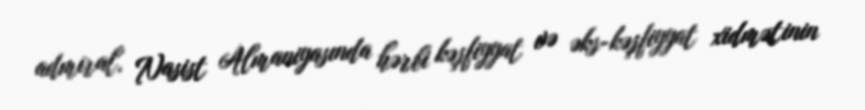
admiral, Nasist Almaniyasında hərbi kəşfiyyat və əks-kəşfiyyat xidmətinin